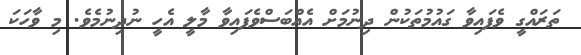
ތަަރައްގީ ވެފައިވާ ގައުމުތަކުން ދިނުމަށް އެއްބަސްވެފައިވާ މާލީ އެހީ ނުދިނުމެވެ. މި ވާހަކަ